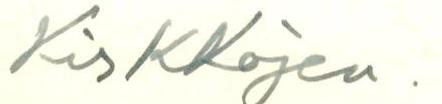
Kirkkojen.